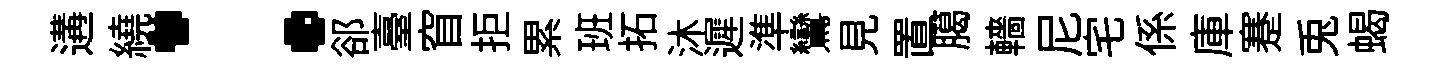
遘繞：郤臺窅拒累班拓沐遲準鸞見置臈轖尼宅係庫蹇兎蝎